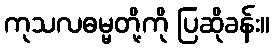
ကုသလဓမ္မတို့ကို ပြဆိုခန်း။